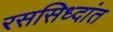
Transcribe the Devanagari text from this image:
रससिध्दांत